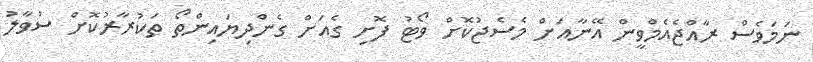
ނަމަވެސް ރާއްޖެއެމްވީން އޭނާއަށް މެސެޖުކޮށް ވޯޓު ފޮށި ގެއަށް ގެންދިޔައިންތޯ ތަކުރާރުކޮށް ސުވާލު